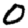
Digit: 0